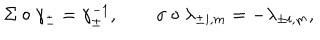
\Sigma \circ \gamma _ { \pm } = \gamma _ { \pm } ^ { - 1 } , \qquad \sigma \circ \lambda _ { \pm i , m } = - \lambda _ { \pm i , m } ,